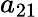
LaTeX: a_{21}